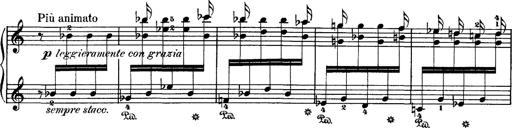
Title: Hungarian Rhapsody No.1
Composer: Franz Liszt
Key: C-sharp minor